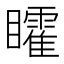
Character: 矐